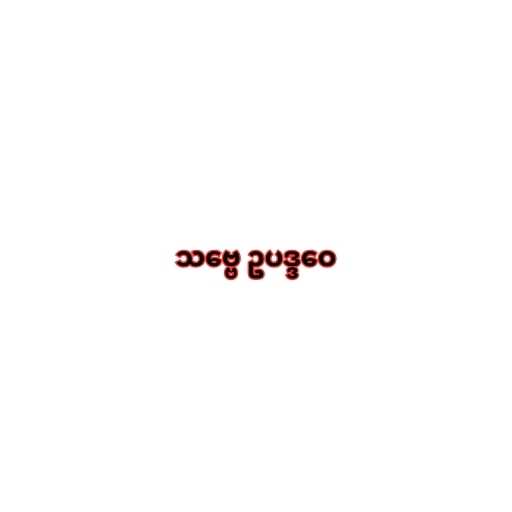
သဗ္ဗေ ဥပဒ္ဒဝေ